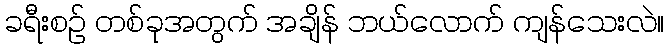
ခရီးစဉ် တစ်ခုအတွက် အချိန် ဘယ်လောက် ကျန်သေးလဲ။